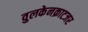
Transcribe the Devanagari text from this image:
वुलकेनक्राटजर